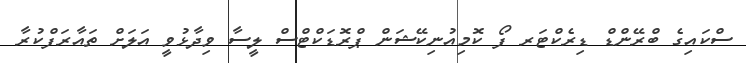
ސްކައިގެ ބްރޭންޑް ޑިރެކްޓަރ ފޯ ކޮމިއުނިކޭޝަން ޕްރޮޑަކްޓްސް ލީސާ ވިދާޅުވީ އަލަށް ތައާރަފްކުރާ